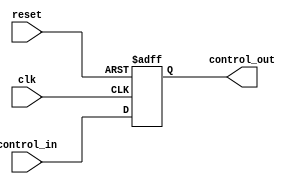
module ControlRegister #(
    parameter N = 8  // Define the size of the control register (n-bit)
)(
    input wire clk,                // Clock signal
    input wire reset,              // Reset signal
    input wire [N-1:0] control_in, // Control input signals
    output reg [N-1:0] control_out // Control output signals
);

    // Synchronous process for updating the control register
    always @(posedge clk or posedge reset) begin
        if (reset) begin
            control_out <= {N{1'b0}}; // Clear to default value (0)
        end else begin
            control_out <= control_in; // Capture control input
        end
    end

endmodule